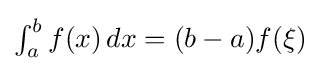
{\textstyle \int _{a}^{b}f(x)\,dx=(b-a)f(\xi )}